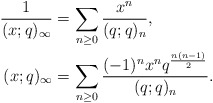
\begin{align*}\frac{1}{(x;q)_\infty} & = \sum_{n \geq 0} \frac{x^n}{(q;q)_n}, \\(x;q)_\infty &= \sum_{n \geq 0} \frac{(-1)^n x^n q^{\frac{n(n-1)}{2}}}{(q;q)_n}.\end{align*}